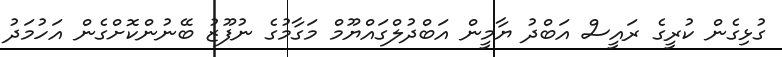
ގުޅިގެން ކުރީގެ ރައީސް އަބްދު ޔާމީން އަބްދުލްގައްޔޫމް މަގާމުގެ ނުފޫޒު ބޭނުންކޮށްގެން އަހުމަދު